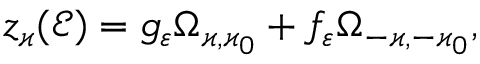
z _ { \varkappa } ( \mathcal { E } ) = g _ { \varepsilon } \Omega _ { \varkappa , \varkappa _ { 0 } } + f _ { \varepsilon } \Omega _ { - \varkappa , - \varkappa _ { 0 } } ,